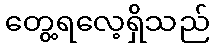
တွေ့ရလေ့ရှိသည်